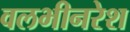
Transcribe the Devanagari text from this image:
वलभीनरेश